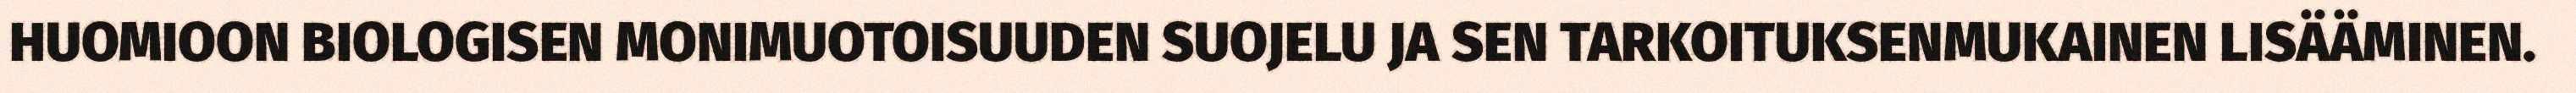
HUOMIOON BIOLOGISEN MONIMUOTOISUUDEN SUOJELU JA SEN TARKOITUKSENMUKAINEN LISÄÄMINEN.